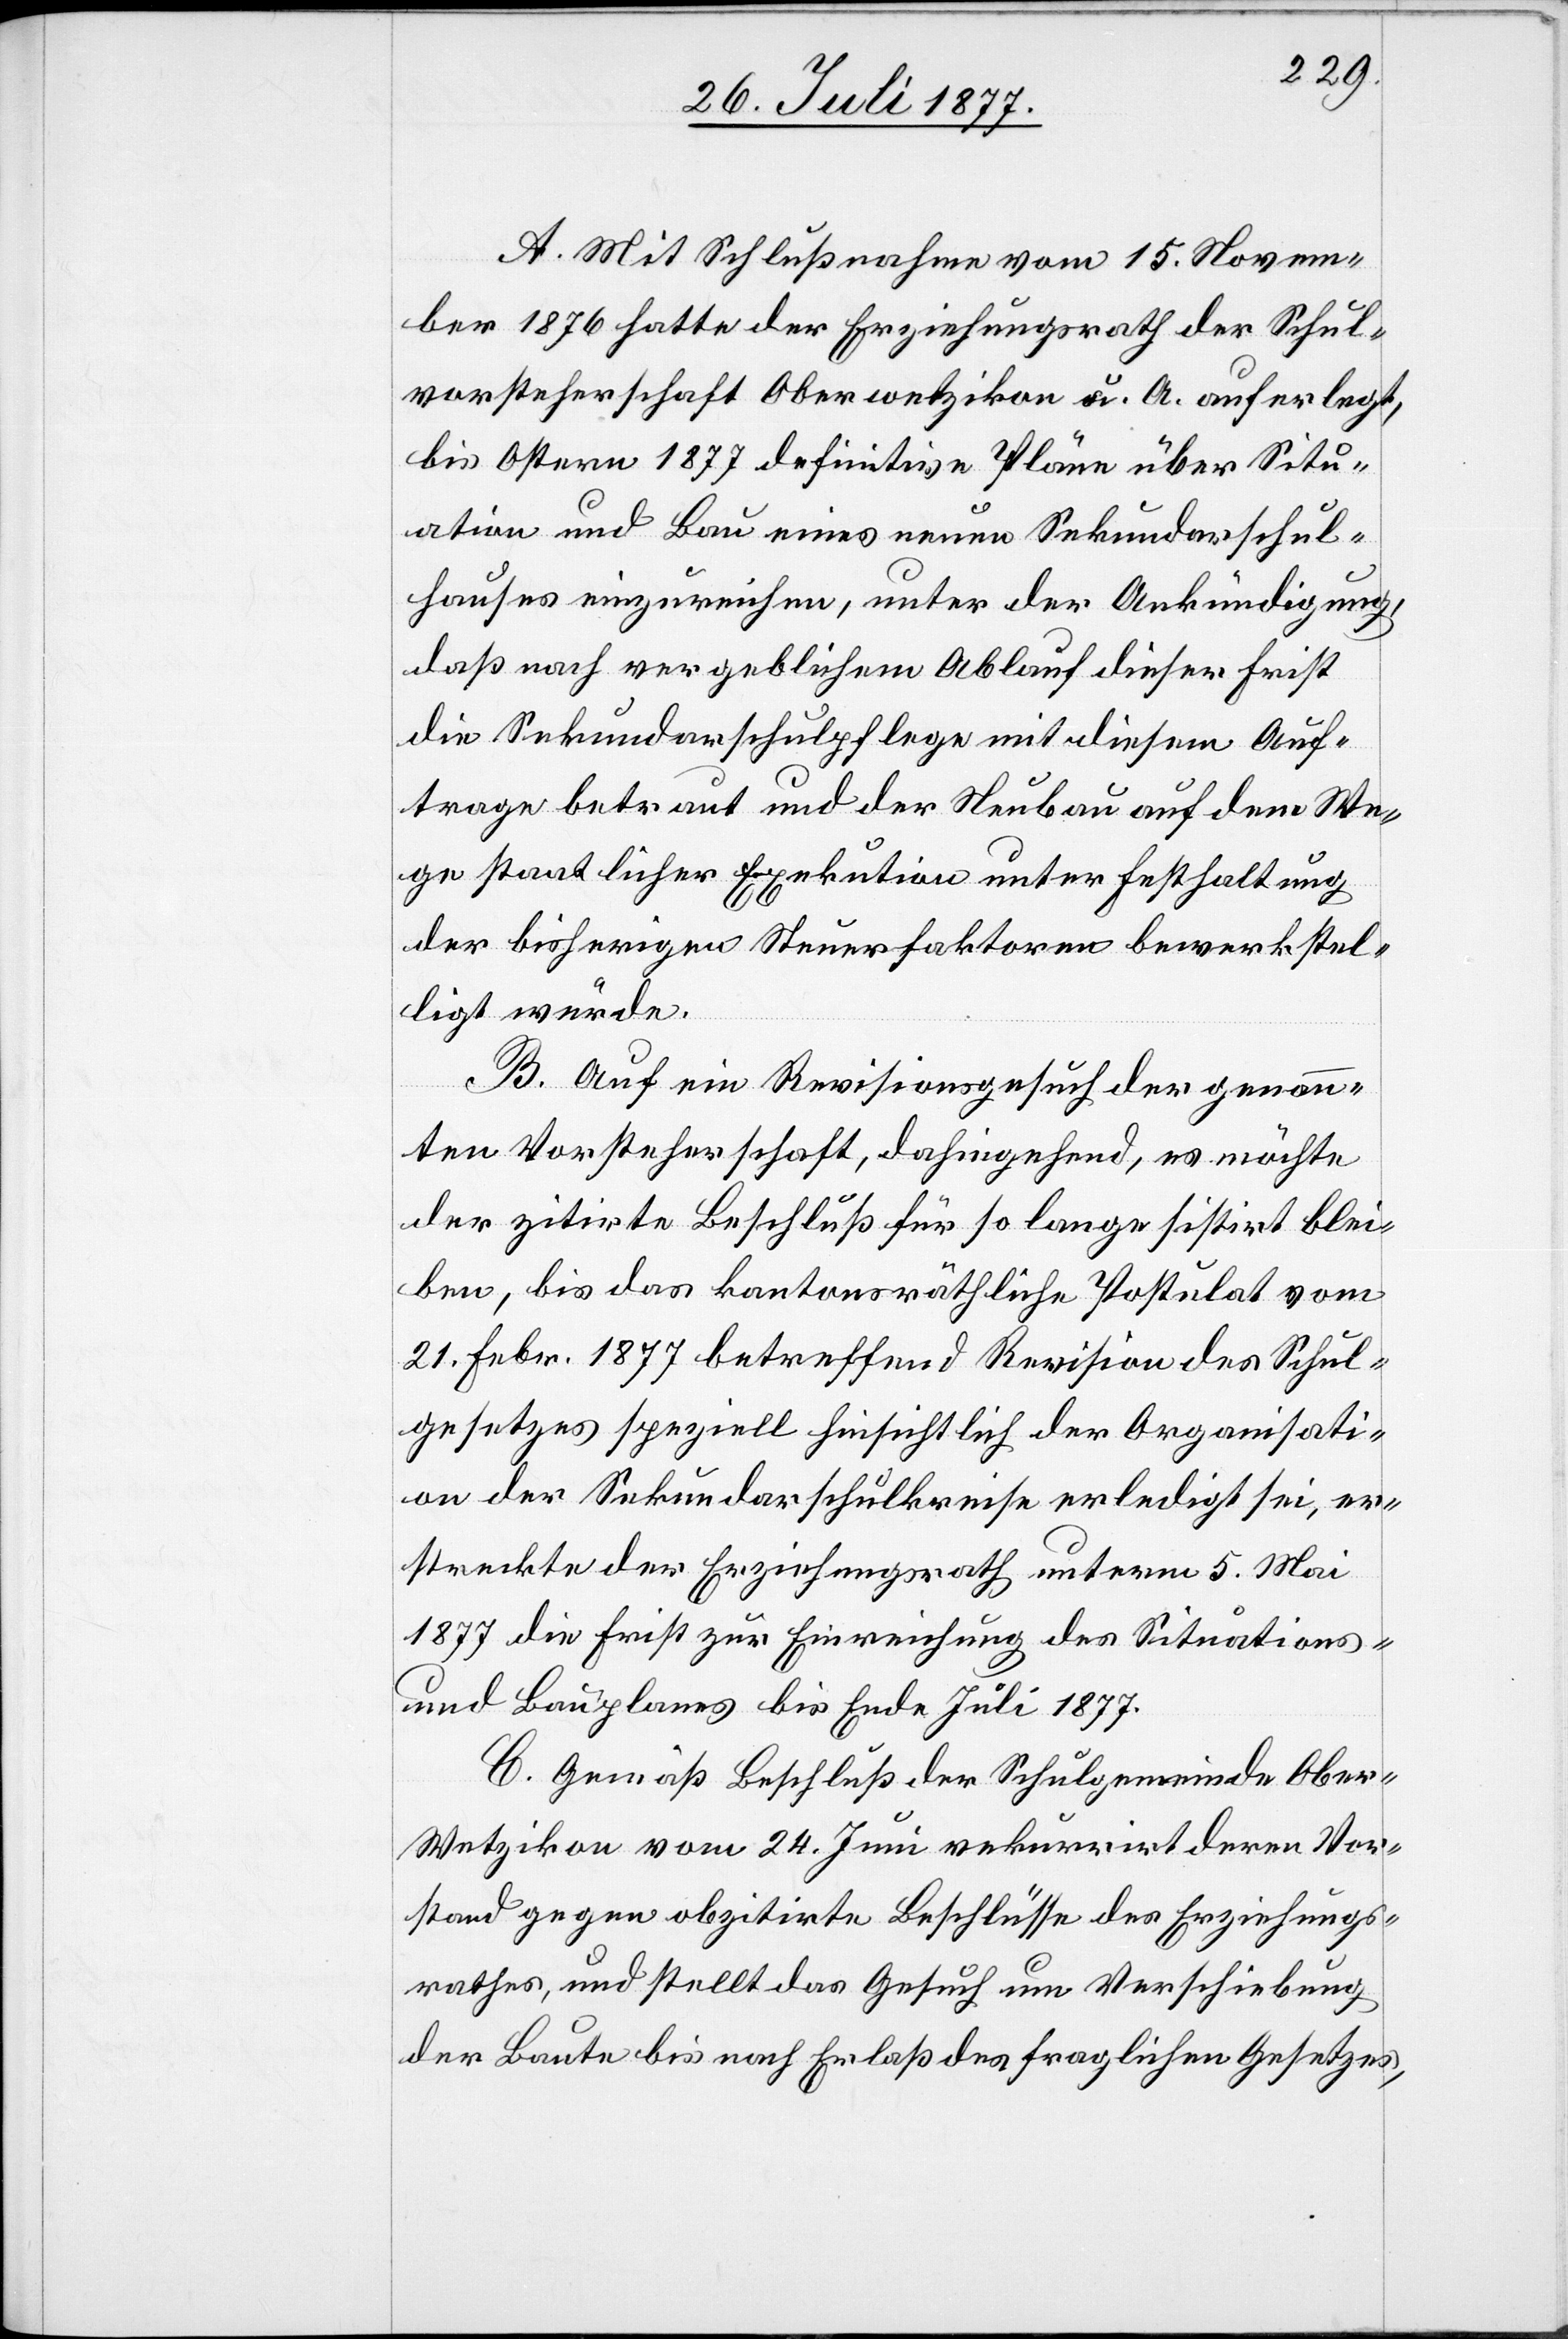
A. Mit Schlußnahme vom 15. Novem¬
ber 1876 hatte der Erziehungsrath der Schul¬
vorsteherschaft Oberwetzikon u. A. auferlegt,
bis Ostern 1877 definitive Pläne über Situ¬
ation und Bau eines neuen Sekundarschul¬
hauses einzureichen, unter der Ankündigung,
daß nach vergeblichem Ablauf dieser Frist
die Sekundarschulpflege mit diesem Auf¬
trage betraut und der Neubau auf dem We¬
ge staatlicher Exekution unter Festhaltung
der bisherigen Steuerfaktoren bewerkstel¬
ligt würde.
B. Auf ein Revisionsgesuch der genann¬
ten Vorsteherschaft, dahingehend, es möchte
der zitirte Beschluß für so lange sistirt blei¬
ben, bis das kantonsräthliche Postulat vom
21. Febr. 1877 betreffend Revision des Schul¬
gesetzes speziell hinsichtlich der Organisati¬
on der Sekundarschulkreise erledigt sei, er¬
streckte der Erziehungsrath unterm 5. Mai
1877 die Frist zur Einreichung des Situations-
und Bauplanes bis Ende Juli 1877.
C. Gemäß Beschluß der Schulgemeinde Ober-W¬
etzikon vom 24. Juni rekurrirt deren Vor¬
stand gegen obzitirte Beschlüsse des Erziehungs¬
rathes, und stellt das Gesuch um Verschiebung
der Baute bis nach Erlaß des fraglichen Gesetzes,